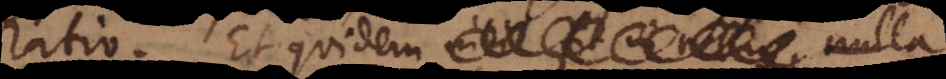
ratio. Et quidem nihil